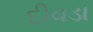
દીવડા